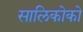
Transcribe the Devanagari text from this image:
सालिकोको